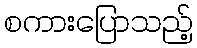
စကားပြောသည့်